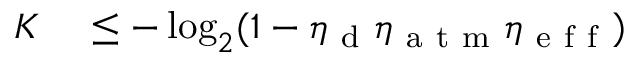
\begin{array} { r l } { K } & { { } \leq - \log _ { 2 } ( 1 - \eta _ { \mathrm { ~ d ~ } } \eta _ { \mathrm { ~ a ~ t ~ m ~ } } \eta _ { \mathrm { ~ e ~ f ~ f ~ } } ) } \end{array}